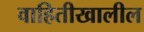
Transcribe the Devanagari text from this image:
वाहितीखालील